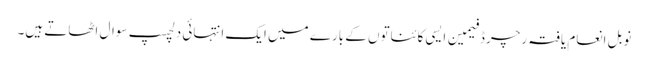
نوبل انعام یافتہ رچرڈ فیمین ایسی کائناتوں کے بارے میں ایک انتہائی دلچسپ سوال اٹھاتے ہیں۔